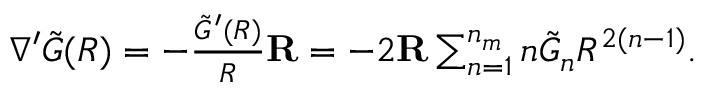
\begin{array} { r } { \nabla ^ { \prime } \tilde { G } ( R ) = - \frac { \tilde { G } ^ { \prime } ( R ) } { R } \mathbf { R } = - 2 \mathbf { R } \sum _ { n = 1 } ^ { n _ { m } } n \tilde { G } _ { n } R ^ { 2 ( n - 1 ) } . } \end{array}